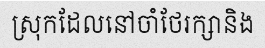
ស្រុកដែលនៅចាំថែរក្សានិង